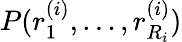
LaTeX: P(r_{1}^{(i)},\ldots,r_{R_{i}}^{(i)})